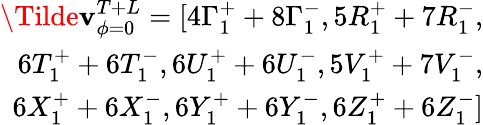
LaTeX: \begin{array}{r}{\Tilde{\mathbf{v}}_{\phi=0}^{T+L}=[4\Gamma_{1}^{+}+8\Gamma_{1}^{-},5R_{1}^{+}+7R_{1}^{-},}\\ {6T_{1}^{+}+6T_{1}^{-},6U_{1}^{+}+6U_{1}^{-},5V_{1}^{+}+7V_{1}^{-},}\\ {6X_{1}^{+}+6X_{1}^{-},6Y_{1}^{+}+6Y_{1}^{-},6Z_{1}^{+}+6Z_{1}^{-}]}\end{array}